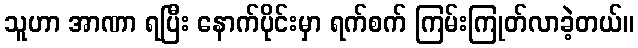
သူဟာ အာဏာ ရပြီး နောက်ပိုင်းမှာ ရက်စက် ကြမ်းကြုတ်လာခဲ့တယ်။